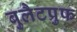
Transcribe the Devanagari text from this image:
बुलैटप्रुफ